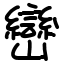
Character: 巒